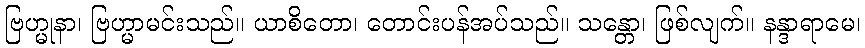
ဗြဟ္မုနာ၊ ဗြဟ္မာမင်းသည်။ ယာစိတော၊ တောင်းပန်အပ်သည်။ သန္တော၊ ဖြစ်လျက်။ နန္ဒာရာမေ၊